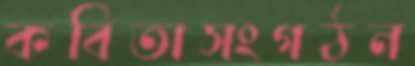
কবিতাসংগঠন